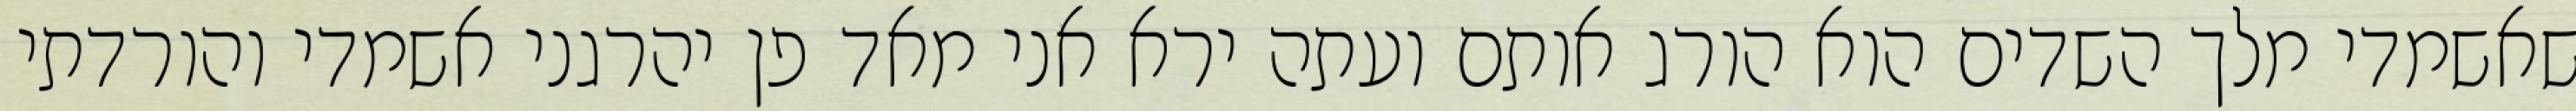
שאשמדי מלך השדים הוא הורג אותם ועתה ירא אני מאד פן יהרגני אשמדי והורדתי